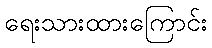
ရေးသားထားကြောင်း